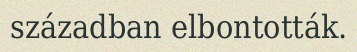
században elbontották.